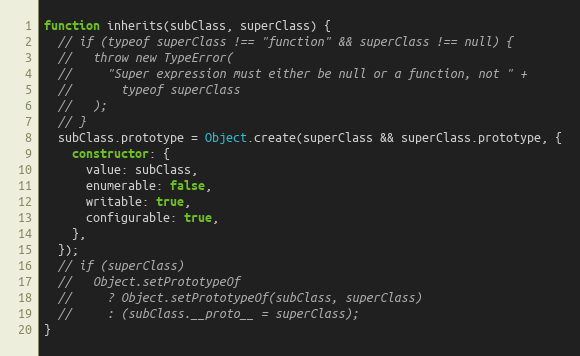
Language: JavaScript
function inherits(subClass, superClass) {
  // if (typeof superClass !== "function" && superClass !== null) {
  //   throw new TypeError(
  //     "Super expression must either be null or a function, not " +
  //       typeof superClass
  //   );
  // }
  subClass.prototype = Object.create(superClass && superClass.prototype, {
    constructor: {
      value: subClass,
      enumerable: false,
      writable: true,
      configurable: true,
    },
  });
  // if (superClass)
  //   Object.setPrototypeOf
  //     ? Object.setPrototypeOf(subClass, superClass)
  //     : (subClass.__proto__ = superClass);
}